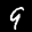
Label: 9